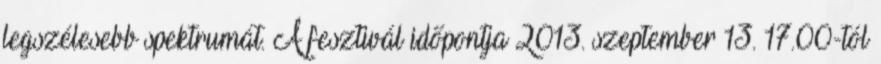
legszélesebb spektrumát. A fesztivál időpontja 2013. szeptember 13. 17.00-tól